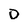
Character: 0